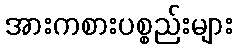
အားကစားပစ္စည်းများ